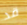
قد